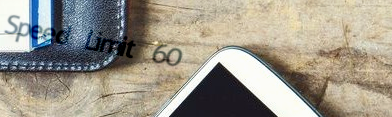
Speed Limit 60